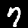
Digit: 7